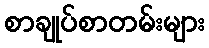
စာချုပ်စာတမ်းများ